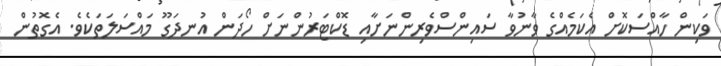
ވަކިން ހާއްސަކޮށް އެކަމެއްގެ ވާނުވާ ސައިންސްވެރިންނަށާއި ޑޮކްޓަރުންނަށް ހޯދަން އުނދަގޫ މައްސަލަތަކެވެ. އެގޮތުން